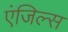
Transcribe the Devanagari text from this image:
एंजिल्स